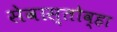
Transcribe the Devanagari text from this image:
सेवास्तोव्हा